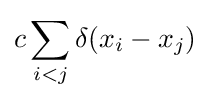
c\sum _{i<j}\delta (x_{i}-x_{j})